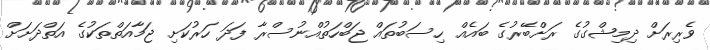
ވެރިރަށް ދިމިޝްގުގެ ރަށްބޭރުގެ ބައެއް ހިސަބުތައް ޖަބްހަތުއްނުސްރާ ފަދަ ހަރުކަށި ޖަމާއަތްތަކުގެ އަތްދަށަށް